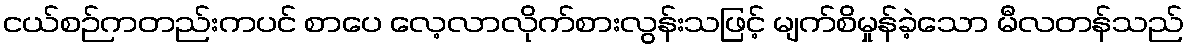
ငယ်စဉ်ကတည်းကပင် စာပေ လေ့လာလိုက်စားလွန်းသဖြင့် မျက်စိမှုန်ခဲ့သော မီလတန်သည်